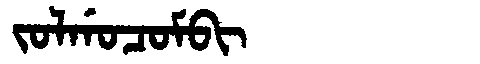
Manchu: ᠵᠣᠯᡤᠣᠴᠣᠮᠪᡳ
Romanization: JOLGOCOMBI